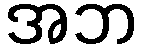
အဘ